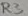
Text: R3